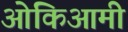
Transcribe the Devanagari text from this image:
ओकिआमी